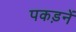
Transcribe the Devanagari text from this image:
पकड़नें